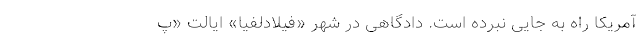
آمریکا راه به جایی نبرده است. دادگاهی در شهر «فیلادلفیا» ایالت «پ